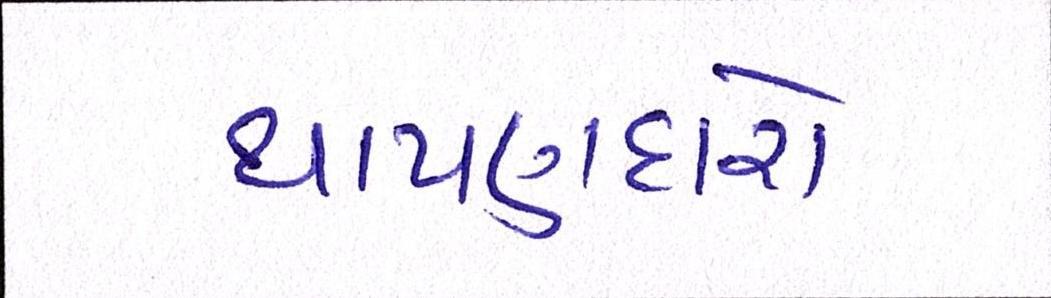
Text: થાપણદારો